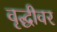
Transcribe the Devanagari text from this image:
वृद्धीवर